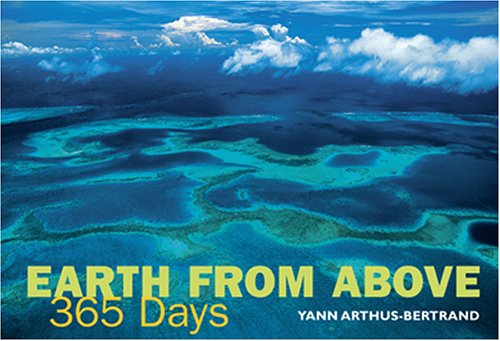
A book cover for Earth from Above: 365 Days; Yann Arthus-Bertrand; Arts & Photography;